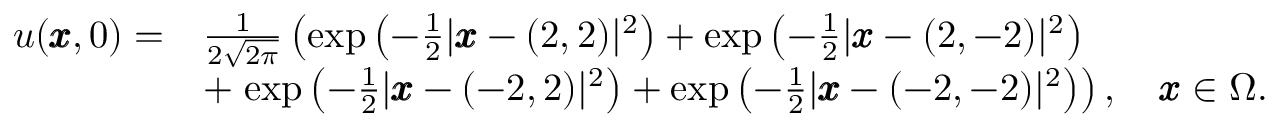
\begin{array} { r l } { \displaystyle u ( \pmb { x } , 0 ) = } & { \frac { 1 } { 2 \sqrt { 2 \pi } } \left( \exp \left( - \frac { 1 } { 2 } | \pmb { x } - ( 2 , 2 ) | ^ { 2 } \right) + \exp \left( - \frac { 1 } { 2 } | \pmb { x } - ( 2 , - 2 ) | ^ { 2 } \right) \right. } \\ & { + \left. \exp \left( - \frac { 1 } { 2 } | \pmb { x } - ( - 2 , 2 ) | ^ { 2 } \right) + \exp \left( - \frac { 1 } { 2 } | \pmb { x } - ( - 2 , - 2 ) | ^ { 2 } \right) \right) , \quad \pmb { x } \in \Omega . } \end{array}